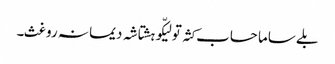
بلے ساما حساب کثہ تو لیکّو ہشتاشہ دیما نہ روغث۔